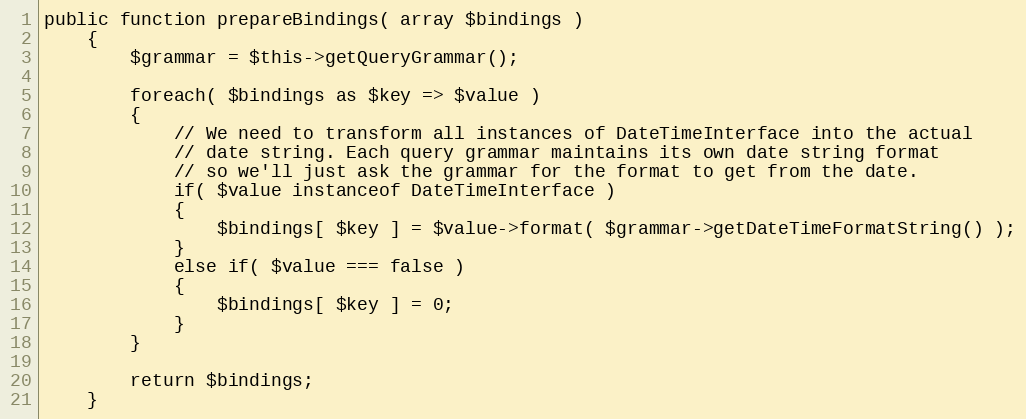
Language: PHP
public function prepareBindings( array $bindings )
	{
		$grammar = $this->getQueryGrammar();

		foreach( $bindings as $key => $value )
		{
			// We need to transform all instances of DateTimeInterface into the actual
			// date string. Each query grammar maintains its own date string format
			// so we'll just ask the grammar for the format to get from the date.
			if( $value instanceof DateTimeInterface )
			{
				$bindings[ $key ] = $value->format( $grammar->getDateTimeFormatString() );
			}
			else if( $value === false )
			{
				$bindings[ $key ] = 0;
			}
		}

		return $bindings;
	}